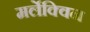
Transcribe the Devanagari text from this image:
मर्लेक्विन